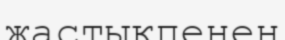
жастықпенен